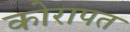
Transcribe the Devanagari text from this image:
कोरापत